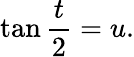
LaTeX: \tan{\frac{t}{2}}=u.